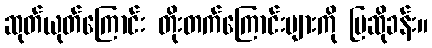
ဆုတ်ယုတ်ကြောင်း တိုးတက်ကြောင်းများကို ပြဆိုခန်း။